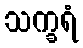
သက္ခရံ